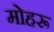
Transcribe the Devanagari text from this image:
मोहरू